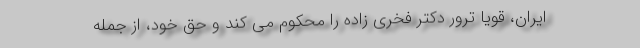
ایران، قویا ترور دکتر فخری زاده را محکوم می کند و حق خود، از جمله